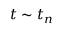
t \sim t _ { n }